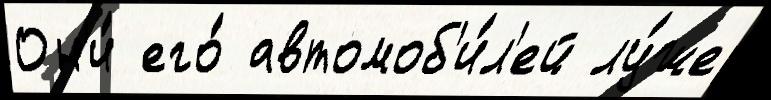
Он'и́ его́ автомоб'и́л'ей лу́же